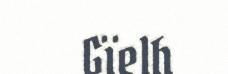
Gïelh